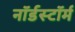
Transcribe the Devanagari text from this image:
नॉर्डस्टॉर्म